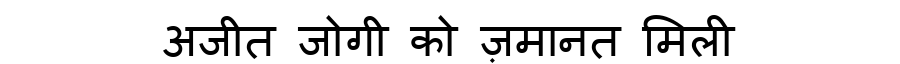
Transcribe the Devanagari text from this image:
अजीत जोगी को ज़मानत मिली